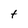
Character: t